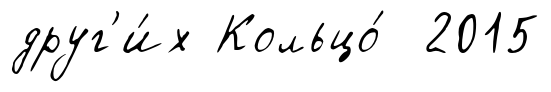
друг'и́х Кольцо́ 2015